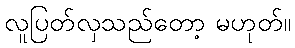
လူပြတ်လှသည်တော့ မဟုတ်။